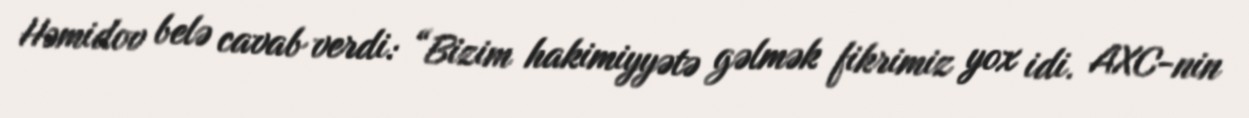
Həmidov belə cavab verdi: “Bizim hakimiyyətə gəlmək fikrimiz yox idi. AXC-nin